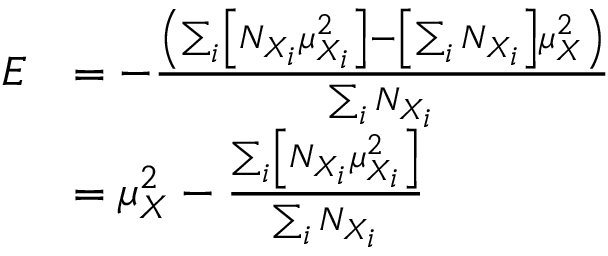
{ \begin{array} { r l } { E } & { = - { \frac { \left( \sum _ { i } \left[ N _ { X _ { i } } \mu _ { X _ { i } } ^ { 2 } \right] - \left[ \sum _ { i } N _ { X _ { i } } \right] \mu _ { X } ^ { 2 } \right) } { \sum _ { i } N _ { X _ { i } } } } } \\ & { = \mu _ { X } ^ { 2 } - { \frac { \sum _ { i } \left[ N _ { X _ { i } } \mu _ { X _ { i } } ^ { 2 } \right] } { \sum _ { i } N _ { X _ { i } } } } } \end{array} }